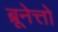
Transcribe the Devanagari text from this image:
ब्रूनेत्तो